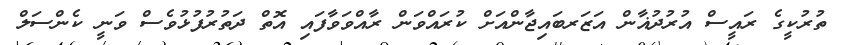
ތުރުކީގެ ރައީސް އުރުދުޣާން އަޒަރބައިޖާންއަށް ކުރައްވަން ރާއްވަވާފައި އޮތް ދަތުރުފުޅުވެސް ވަނީ ކެންސަލް